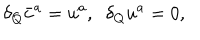
LaTeX: \delta _ { Q } \bar { c } ^ { a } = u ^ { a } , \; \; \delta _ { Q } u ^ { a } = 0 ,